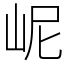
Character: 㞾